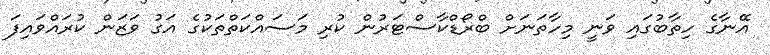
އޭނާގެ ހިތާބުގައި ވަނީ މިހާތަނަށް ބްރޯޑްކާސްޓަރުން ކުރި މަސައްކަތްތަކުގެ އަގު ވަޒަން ކުރައްވައިފަ